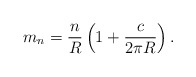
\begin{align*}m_n = \frac{n}{R}\left(1+\frac{c}{2\pi R} \right).\end{align*}